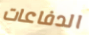
الدفاعات